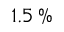
1 . 5 \, \%